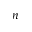
n